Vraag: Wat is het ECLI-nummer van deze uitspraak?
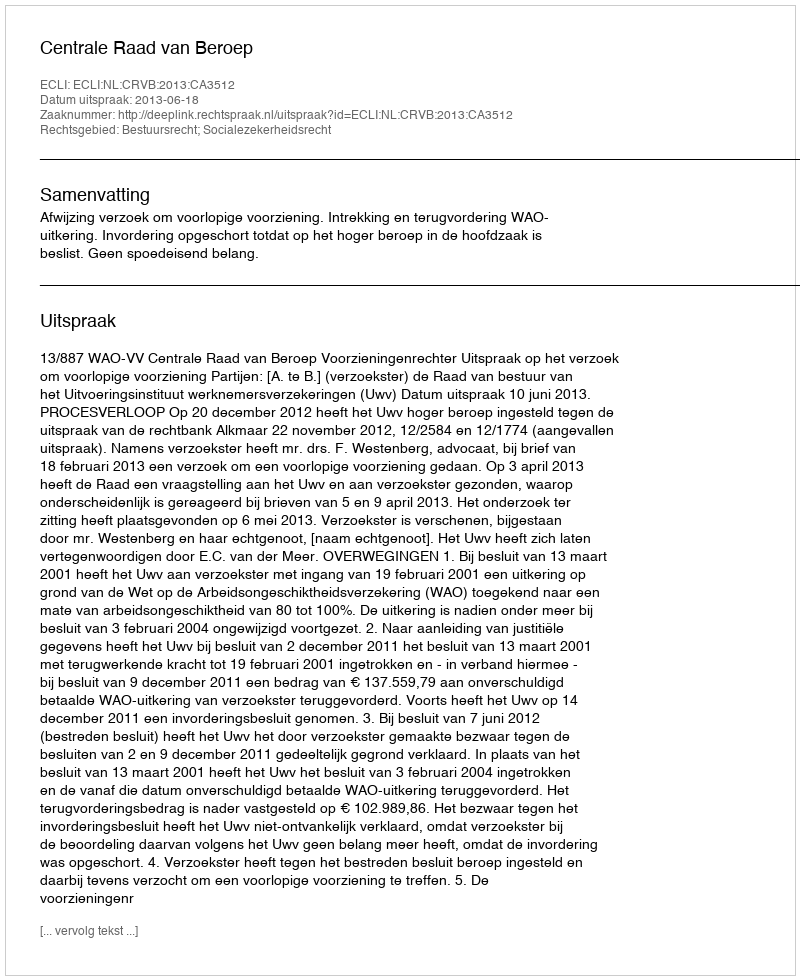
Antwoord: ECLI:NL:CRVB:2013:CA3512